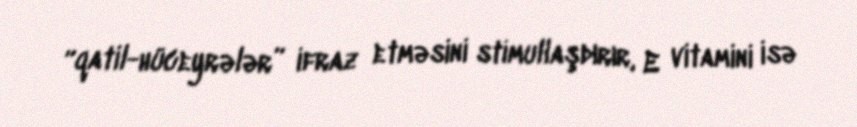
“qatil-hüceyrələr” ifraz etməsini stimullaşdırır, E vitamini isə